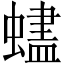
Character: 𬠨